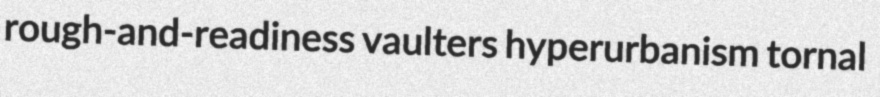
rough-and-readiness vaulters hyperurbanism tornal